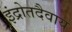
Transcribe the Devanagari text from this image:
इंद्रोतदैवाय